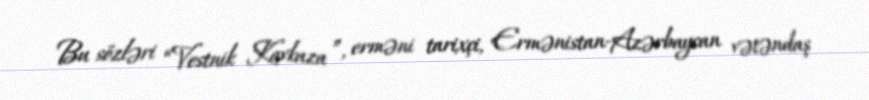
Bu sözləri “Vestnik Kavkaza ”, erməni tarixçi, Ermənistan-Azərbaycan vətəndaş